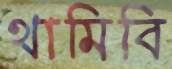
থামিবি